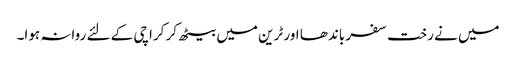
میں نے رخت سفر باندھا اور ٹرین میں بیٹھ کر کراچی کے لئے روانہ ہوا۔